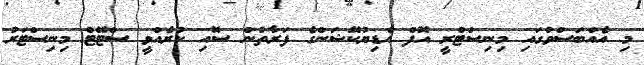
މި އެއްބަސްވުގައި މިނިސްޓްރީ އޮފް އެޑިޔުކޭޝަންގެ ފަރާތުން ސޮއި ކުރެއްވީ ސްޓޭޓް މިނިސްޓަރު